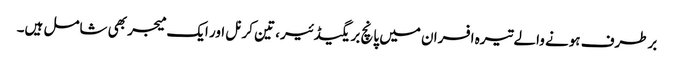
برطرف ہونے والے تیرہ افسران میں پانچ بریگیڈئیر، تین کرنل اور ایک میجر بھی شامل ہیں۔